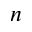
n